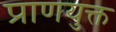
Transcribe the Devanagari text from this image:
प्राणयुक्त